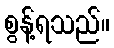
စွန့်ရသည်။